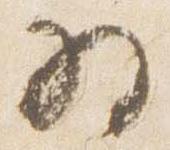
為